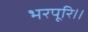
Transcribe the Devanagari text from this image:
भरपूरि।।